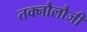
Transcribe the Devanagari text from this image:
तक्नौलौजी